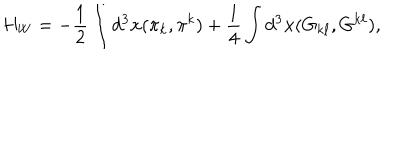
H _ { W } = - \frac { 1 } { 2 } \int d ^ { 3 } { \bf x } ( \pi _ { k } , \pi ^ { k } ) + \frac { 1 } { 4 } \int d ^ { 3 } { \bf x } ( G _ { k \ell } , G ^ { k \ell } ) ,